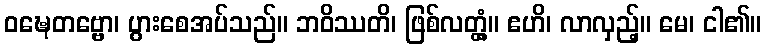
ဝဍ္ဎေတဗ္ဗော၊ ပွားစေအပ်သည်။ ဘဝိဿတိ၊ ဖြစ်လတ္တံ့။ ဧဟိ၊ လာလှည့်။ မေ၊ ငါ၏။